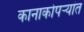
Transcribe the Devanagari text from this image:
कानाकोपऱ्यांत